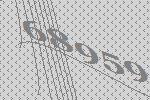
68959